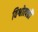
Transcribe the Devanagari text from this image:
विश्वोत्पत्तौ